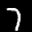
Label: 7